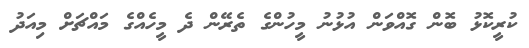
ކުރީކޮޅު ބޮން ގޮއްވަން އުޅުނު މީހުންގެ ތެރޭން ދެ މީހެއްގެ މައްޗަށް މިއަދު